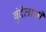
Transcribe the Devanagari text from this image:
बुंदेलाची